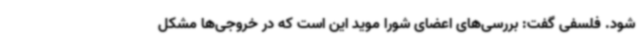
شود. فلسفی گفت: بررسی‌های اعضای شورا موید این است که در خروجی‌ها مشکل